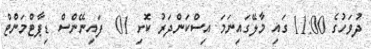
ދުވަހުގެ 11:00 ގައި މާލޭގައިނަމަ އިސްކަންދަރު ކޮށި 01  ފައިނޭންސް ޑިޕާޓްމަންޓް